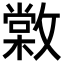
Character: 𢿵